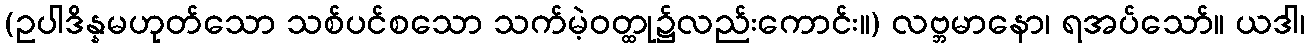
(ဥပါဒိန္နမဟုတ်သော သစ်ပင်စသော သက်မဲ့ဝတ္ထု၌လည်းကောင်း။) လဗ္ဘမာနော၊ ရအပ်သော်။ ယဒါ၊